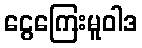
ငွေကြေးမူဝါဒ